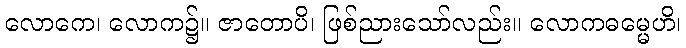
လောကေ၊ လောက၌။ ဇာတောပိ၊ ဖြစ်ညားသော်လည်း။ လောကဓမ္မေဟိ၊